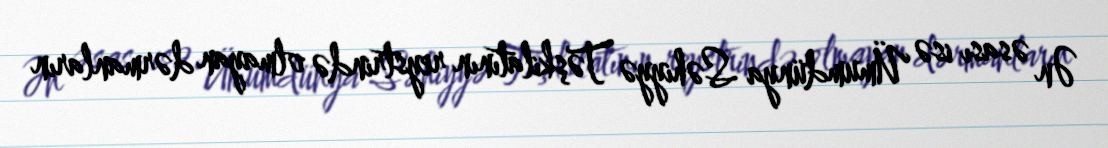
Ən əsası isə Ümumdünya Səhiyyə Təşkilatının reystrində olmayan dərmanların